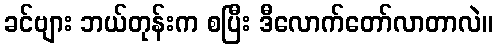
ခင်ဗျား ဘယ်တုန်းက စပြီး ဒီလောက်တော်လာတာလဲ။